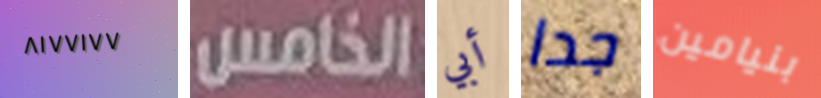
٨١٧٧١٧٧ الخامس أبي جدا بنيامين